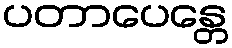
ပတာပေန္တေ